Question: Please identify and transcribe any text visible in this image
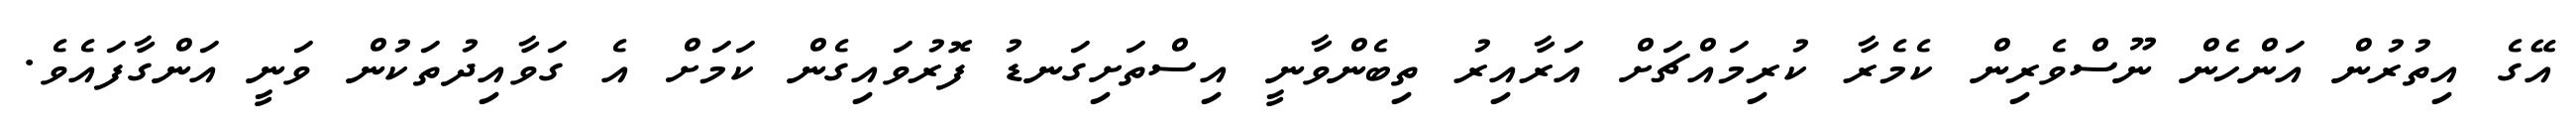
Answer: އޭގެ އިތުރުން އަންހެން ނޫސްވެރިން ކެމެރާ ކުރިމައްޗަށް އަރާއިރު ތިބެންވާނީ އިސްތަށިގަނޑު ފޮރުވައިގެން ކަމަށް އެ ގަވާއިދުތަކުން ވަނީ އަންގާފައެވެ.